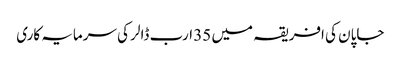
جاپان کی افریقہ میں 35 ارب ڈالر کی سرمایہ کاری